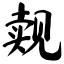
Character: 觌